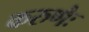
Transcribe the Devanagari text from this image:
करुणैः